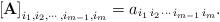
LaTeX: \begin{align*}\left[\mathbf{A}\right]_{i_{1},i_{2},\cdots,i_{m-1},i_{m}}=a_{i_{1}\,i_{2}\,\cdots\,i_{m-1}\,i_{m}}.\end{align*}